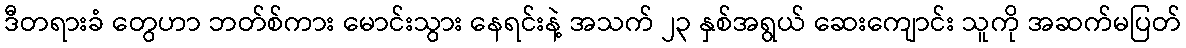
ဒီတရားခံ တွေဟာ ဘတ်စ်ကား မောင်းသွား နေရင်းနဲ့ အသက် ၂၃ နှစ်အရွယ် ဆေးကျောင်း သူကို အဆက်မပြတ်